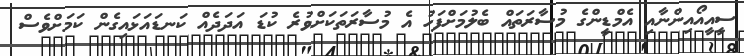
ސީއީއޯއިންނާއި އެމްޑީންގެ މުސާރަތައް ބެލުމަށްފަހު އެ މުސާރަތަކަށްވުރެ ކުޑަ އަދަދެއް ކަނޑައަޅައިގެން ކަމަށްވެސް